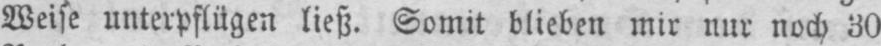
Weise unterpflügen ließ. Somit blieben mir nur noch 30